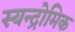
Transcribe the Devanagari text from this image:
स्यन्द्रोमिक